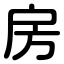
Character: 房